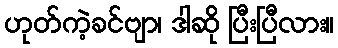
ဟုတ်ကဲ့ခင်ဗျာ၊ ဒါဆို ပြီးပြီလား။